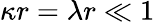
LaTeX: \kappa r=\lambda r\ll 1